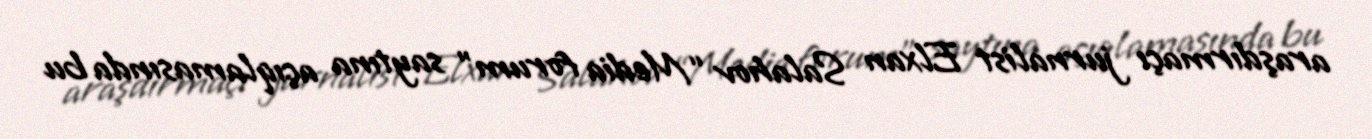
araşdırmaçı jurnalist Elxan Salahov “Media forum” saytına açıqlamasında bu